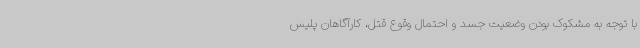
با توجه به مشکوک بودن وضعیت جسد و احتمال وقوع قتل، کارآگاهان پلیس